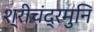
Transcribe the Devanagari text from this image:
श्रीचंद्रमुनि